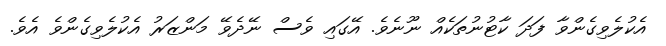
އެކުލެވިގެންވާ ފަދަ ކާޓުނުތަކެއް ނޫނެވެ. އޭގައި ވެސް ނޭދެވޭ މަންޒަރު އެކުލެވިގެންވެ އެވެ.